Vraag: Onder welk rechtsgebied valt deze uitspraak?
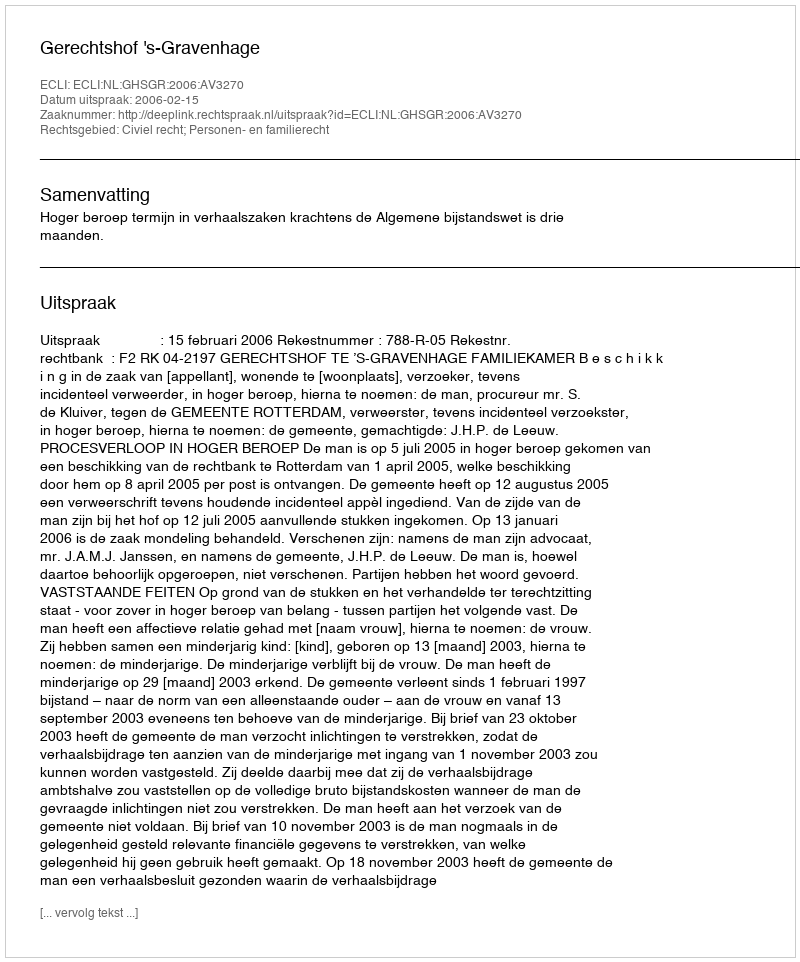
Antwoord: Civiel recht; Personen- en familierecht